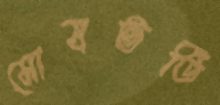
মোষভর্তি